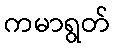
ကမာရွတ်